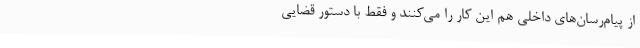
از پیام‌رسان‌های داخلی هم این کار را می‌کنند و فقط با دستور قضایی